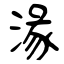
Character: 湪